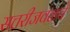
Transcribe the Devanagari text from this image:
सत्तरीजवळचे